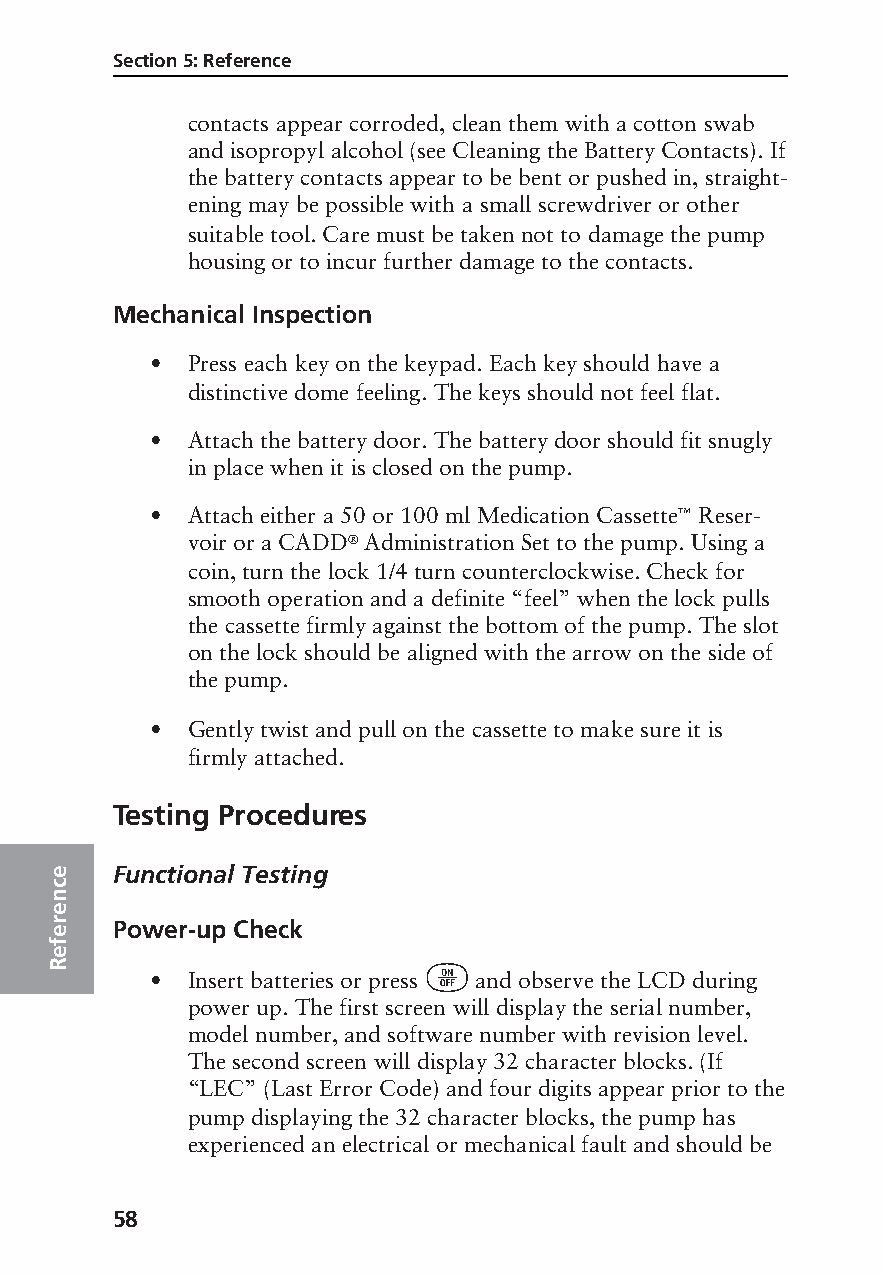
Section 5: Reference
 contacts appear corroded, clean them with a cotton swab
 and isopropyl alcohol (see Cleaning the Battery Contacts). If
 the battery contacts appear to be bent or pushed in, straight-
 ening may be possible with a small screwdriver or other
 suitable tool. Care must be taken not to damage the pump
 housing or to incur further damage to the contacts.
 Mechanical Inspection
 • Press each key on the keypad. Each key should have a
 distinctive dome feeling. The keys should not feel flat.
 • Attach the battery door. The battery door should fit snugly
 in place when it is closed on the pump.
 • Attach either a 50 or 100 ml Medication Cassette™ Reser-
 voir or a CADD® Administration Set to the pump. Using a
 coin, turn the lock 1/4 turn counterclockwise. Check for
 smooth operation and a definite “feel” when the lock pulls
 the cassette firmly against the bottom of the pump. The slot
 on the lock should be aligned with the arrow on the side of
 the pump.
 • Gently twist and pull on the cassette to make sure it is
 firmly attached.
 Testing Procedures
 e   Functional Testing
 c
 n
 e
 er  Power-up Check
 f
 e
 R                        Å
 • Insert batteries or press and observe the LCD during
 power up. The first screen will display the serial number,
 model number, and software number with revision level.
 The second screen will display 32 character blocks. (If
 “LEC” (Last Error Code) and four digits appear prior to the
 pump displaying the 32 character blocks, the pump has
 experienced an electrical or mechanical fault and should be
 58
 PROOF (LR #3086), 2000-03-16 «3935-51D Manual, Legacy 1»